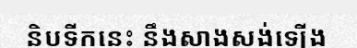
និបទីកនេះ នឹងសាងសង់ឡើង